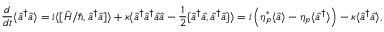
\frac { d } { d t } \langle \hat { a } ^ { \dagger } \hat { a } \rangle = i \langle [ \hat { H } / \hbar , \hat { a } ^ { \dagger } \hat { a } ] \rangle + \kappa \langle \hat { a } ^ { \dagger } \hat { a } ^ { \dagger } \hat { a } \hat { a } - \frac { 1 } { 2 } \{ \hat { a } ^ { \dagger } \hat { a } , \hat { a } ^ { \dagger } \hat { a } \} \rangle = i \left( \eta _ { p } ^ { * } \langle \hat { a } \rangle - \eta _ { p } \langle \hat { a } ^ { \dagger } \rangle \right) - \kappa \langle \hat { a } ^ { \dagger } \hat { a } \rangle ,